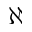
\aleph